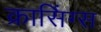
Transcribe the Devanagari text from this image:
क्रासिंग्स